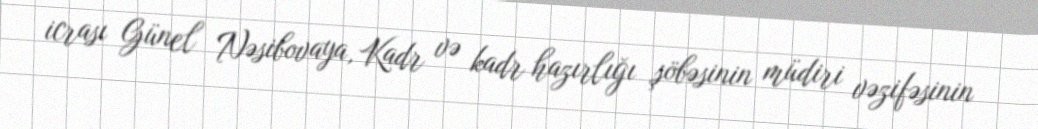
icrası Günel Nəsibovaya, Kadr və kadr hazırlığı şöbəsinin müdiri vəzifəsinin